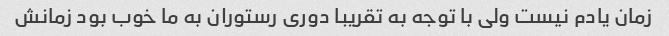
زمان یادم نیست ولی با توجه به تقریبا دوری رستوران به ما خوب بود زمانش